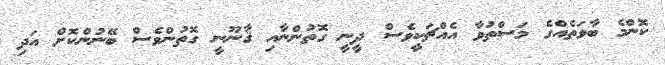
ކޮންމެ ބާވަތެއްގެ މަސްތުވާ އެއްޗަކީވެސް ދީނީ ގޮތުންނާއި ޤާނޫނީ ގޮތުންވެސް ބޭނުންކޮށް އަދި